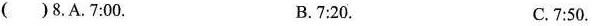
( ) 8.A.7:00. B.7:20. C.7:50.